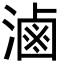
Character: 滷